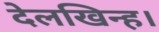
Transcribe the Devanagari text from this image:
देलखिन्ह।